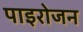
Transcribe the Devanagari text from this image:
पाइरोजन